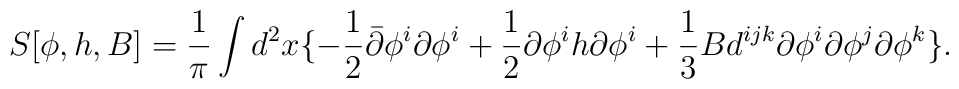
S[\phi,h,B] = \frac{1}{\pi} \int d^2x \{- \frac{1}{2} \bar{\partial }\phi^i \partial \phi^i+ \frac{1}{2} \partial  \phi^i h \partial \phi^i+ \frac{1}{3} B d^{ijk}\partial \phi^i \partial \phi^j \partial \phi^k\}.